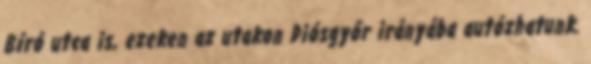
Bíró utca is, ezeken az utakon Diósgyőr irányába autózhatunk.